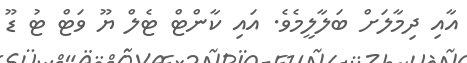
އާއި ދިމާލަށް ބަލާލީމެވެ. އައި ކާންޓް ޓެލް ޔޫ ވަޓް ޓު ޑޫ